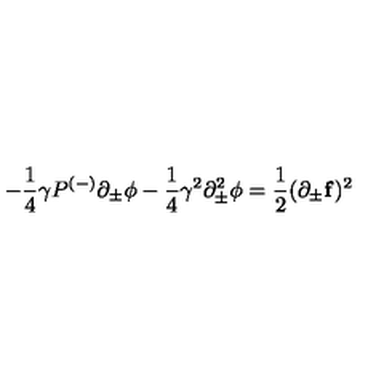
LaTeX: - \frac { 1 } { 4 } \gamma P ^ { ( - ) } \partial _ { \pm } \phi - \frac { 1 } { 4 } \gamma ^ { 2 } \partial _ { \pm } ^ { 2 } \phi = \frac { 1 } { 2 } ( \partial _ { \pm } { \bf f } ) ^ { 2 }